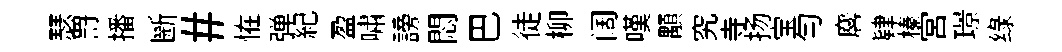
瑟罸播㫁#恠弹紀盈嘯謗悶巴徒柳阔嘆顒究寺扬宝匀麐肄榛宫璟绿